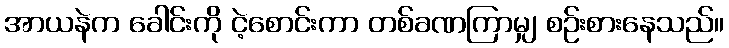
အာယနဲက ခေါင်းကို ငဲ့စောင်းကာ တစ်ခဏကြာမျှ စဉ်းစားနေသည်။